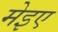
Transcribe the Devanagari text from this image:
मेइए